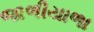
જાળીયાળા